Report on vaccination in Madras 1904-1921 - 1904-1921
Year: 1904
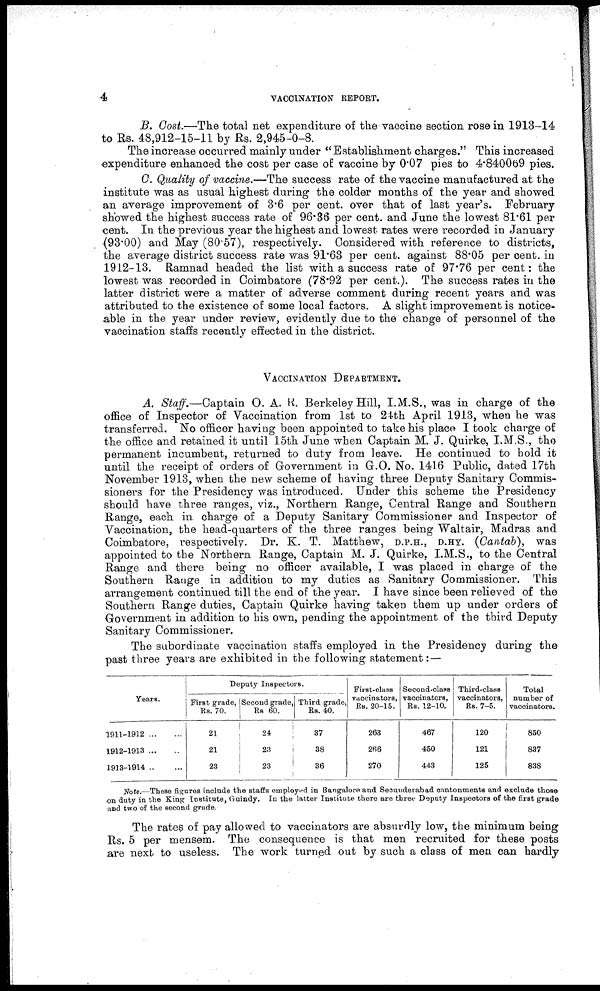
4
VACCINATION REPORT.
B. Cost.—The total net expenditure of the vaccine section rose in 1913-14
to Rs. 48,912-15-11 by Rs. 2,945-0-8.
The increase occurred mainly under "Establishment charges." This increased
expenditure enhanced the cost per case of vaccine by 0.07 pies to 4.840069 pies.
C. Quality of vaccine.—The success rate of the vaccine manufactured at the
institute was as usual highest during the colder months of the year and showed
an average improvement of 3.6 per cent. over that of last year's. February
showed the highest success rate of 96.36 per cent. and June the lowest 81.61 per
cent. In the previous year the highest and lowest rates were recorded in January
(93.00) and May (80.57), respectively. Considered with reference to districts,
the average district success rate was 91.63 per cent. against 88.05 per cent. in
1912-13. Ramnad headed the list with a success rate of 97.76 per cent: the
lowest was recorded in Coimbatore (78.92 per cent.). The success rates in the
latter district were a matter of adverse comment during recent years and was
attributed to the existence of some local factors. A slight improvement is notice-
able in the year under review, evidently due to the change of personnel of the
vaccination staffs recently effected in the district.
VACCINATION DEPARTMENT.
A. Staff.—Captain O. A. R. Berkeley Hill, I. M.S., was in charge of the
office of Inspector of Vaccination from 1st to 24th April 1913, when he was
transferred. No officer having been appointed to take his place I took charge of
the office and retained it until 15th June when Captain M. J. Quirke, I.M.S., the
permanent incumbent, returned to duty from leave. He continued to hold it
until the receipt of orders of Government in G.O. No. 1416 Public, dated 17th
November 1913, when the new scheme of having three Deputy Sanitary Commis-
sioners for the Presidency was introduced. Under this scheme the Presidency
should have three ranges, viz., Northern Range, Central Range and Southern
Range, each in charge of a Deputy Sanitary Commissioner and Inspector of
Vaccination, the head-quarters of the three ranges being Waltair, Madras and
Coimbatore, respectively. Dr. K. T. Matthew, D.P.H., D.HY. (Cantab), was
appointed to the Northern Range, Captain M. J. Quirke, I.M.S., to the Central
Range and there being no officer available, I was placed in charge of the
Southern Range in addition to my duties as Sanitary Commissioner. This
arrangement continued till the end of the year. I have since been relieved of the
Southern Range duties, Captain Quirke having taken them up under orders of
Government in addition to his own, pending the appointment of the third Deputy
Sanitary Commissioner.
The subordinate vaccination staffs employed in the Presidency during the
past three years are exhibited in the following statement: —
Years.
1911-1912
...
...
1912-1913 ... ...
1913-1914
...
...
Deputy Inspectors.
First grade,
Rs. 70.
21
21
23
Second grade,
Rs 60.
24
23
23
Third grade,
Rs. 40.
37
38
36
First-class
vaccinators,
Rs. 20-15.
263
266
270
Second-class
vaccinators.
Rs. 12-10.
467
450
443
Third-class
vaccinators,
Rs. 7-5.
120
121
125
Total
number of
vaccinators.
850
837
838
Note.—These figures include the staffs employed in Bangalore and Secunderabad contonments and exclude those
on duty in the King Institute, Guindy. In the latter Institute there are three Deputy Inspectors of the first grade
and two of the second grade.
The rates of pay allowed to vaccinators are absurdly low, the minimum being
Rs. 5 per mensem. The consequence is that men recruited for these posts
are next to useless. The work turned out by such a class of men can hardly